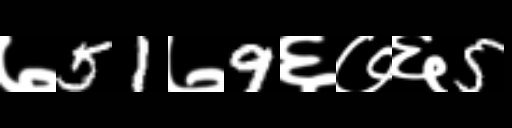
Text: ७51७9६७६5